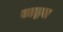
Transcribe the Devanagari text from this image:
बटद्रवा